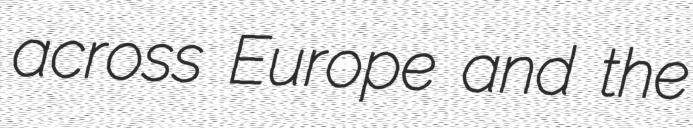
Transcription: across Europe and the